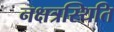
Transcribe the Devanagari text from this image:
नक्षत्रस्थिति